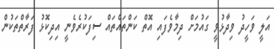
އަލީ ވަހީދު ވިދާޅުވީ ގައުމަށް ދިމާވެފައި އޮތް ކަންތައްތައް ސިފަކުރެވެނީ އިދިކޮޅު ފަރާތްތަކުން